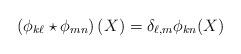
LaTeX: \begin{align*}\left( \phi _{k\ell }\star \phi _{mn}\right) (X)=\delta _{\ell ,m}\phi_{kn}(X)\end{align*}